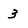
Character: 3